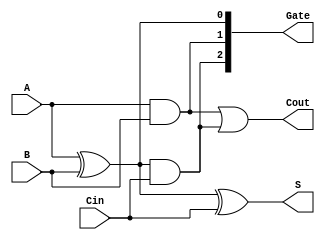
`timescale 1ns / 1ps
//////////////////////////////////////////////////////////////////////////////////
// Company: 
// Engineer: 
// 
// Design Name: 
// Module Name: Full_Adder
// Project Name: 
// Target Devices: 
// Tool Versions: 
// Description: 
// 
// Dependencies: 
// 
// Revision:
// Revision 0.01 - File Created
// Additional Comments:
// 
//////////////////////////////////////////////////////////////////////////////////


module Full_Adder(
    input  A,
    input  B,
    input  Cin,
    output S,
    output Cout,
    
    output [2:0]Gate
    );
    
    assign #1 Gate[0] = A ^ B;
    assign #1 Gate[1] = A & B;
    assign #1 Gate[2] = Gate[0] & Cin;
    
    assign #1 S = Gate[0] ^ Cin;
    assign #1 Cout = Gate[1] | Gate[2];
    
endmodule